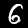
Digit: 6